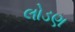
લોડણ